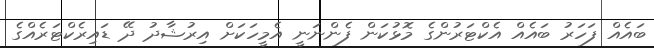
ބައެއް ފަހަރު ބައެއް އެކްޓަރުންގެ މޮޅުކަން ފެންނަނީ އެމީހަކަށް އިރުޝާދު ދޭ ޑައިރެކްޓަރެއްގެ